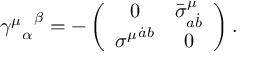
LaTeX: { { \gamma ^ { \mu } } _ { \alpha } } ^ { \beta } = - \left( \begin{array} { c c } { { 0 } } & { { { { \bar { \sigma } } ^ { \mu } } _ { a \dot { b } } } } \\ { { { \sigma ^ { \mu } } ^ { \dot { a } b } } } & { { 0 } } \end{array} \right) .